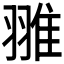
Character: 𦑏